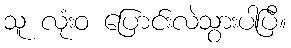
သူ လုံးဝ ပြောင်းလဲသွားပါပြီ။